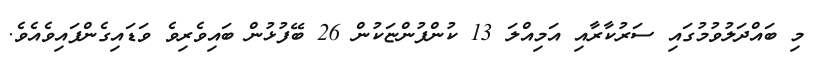
މި ބައްދަލުވުމުގައި ސަރުކާރާއި އަމިއްލަ 13 ކުންފުންޏަކުން 26 ބޭފުޅުން ބައިވެރިވެ ވަޑައިގެންފައިވެއެވެ.